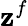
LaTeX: \mathbf{z}^{f}